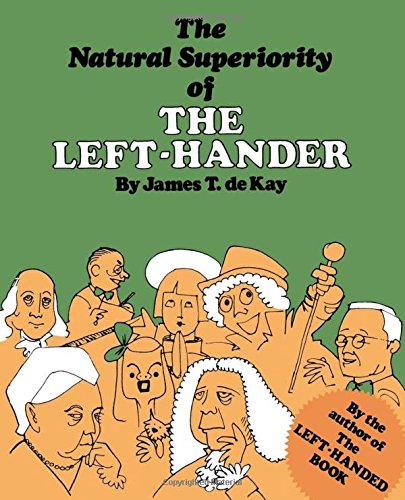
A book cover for The Natural Superiority of the Left-Hander; James Tertius de Kay; Humor & Entertainment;